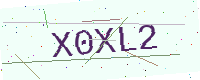
Text: X0XL2